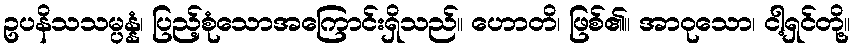
ဥပနိသသမ္ပန္နံ၊ ပြည့်စုံသောအကြောင်းရှိသည်။ ဟောတိ၊ ဖြစ်၏။ အာဝုသော၊ ငါ့ရှင်တို့။